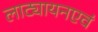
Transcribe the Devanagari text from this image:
लाट्यायनएवं